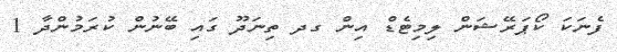
ފެނަކަ ކޯޕަރޭޝަން ލިމިޓެޑް އިން ގދ ތިނަދޫ ގައި ބޭނުން ކުރަމުންދާ 1